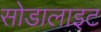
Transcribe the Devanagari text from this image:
सोडालाइट